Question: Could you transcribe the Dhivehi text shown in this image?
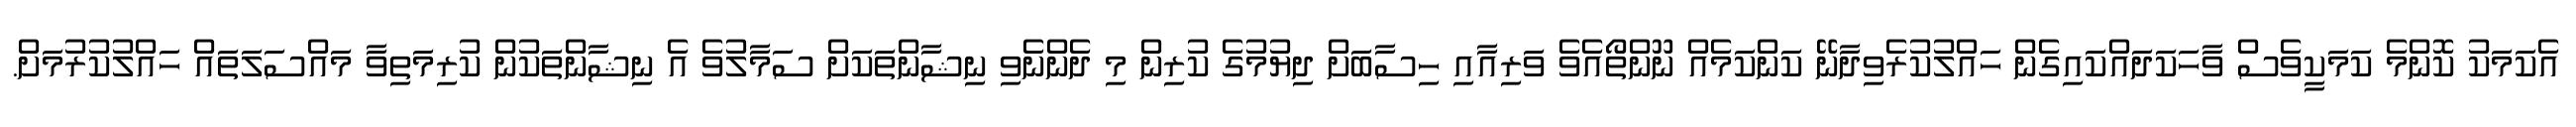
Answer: އެކަމަކު ކޮންމެ ކަމަކީވެސް ވާހަކަދައްކައިގެން ހައްލުކުރެވިދާނޭ ކަންކަމެއް ނޫންތޯއެވެ ވަރިއާއި ހިސާބަށް ދިޔުމުގެ ކުރިން މި ދެންނެވި ނިޝާންތަކަށް ސަމާލުވެ އެ ނިޝާންތަކުން ކުރިމަތިވާ މައްސަލަތައް ހައްލުކުރުމަށް.